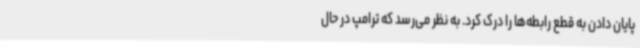
پایان دادن به قطع رابطه‌ها را درک کرد. به نظر می‌رسد که ترامپ در حال